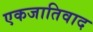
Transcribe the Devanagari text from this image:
एकजातिवाद